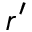
r ^ { \prime }